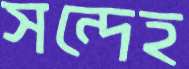
সন্দেহ